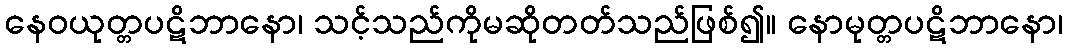
နေဝယုတ္တပဋိဘာနော၊ သင့်သည်ကိုမဆိုတတ်သည်ဖြစ်၍။ နောမုတ္တပဋိဘာနော၊